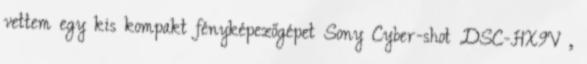
vettem egy kis kompakt fényképezőgépet Sony Cyber-shot DSC-HX9V ,